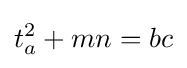
t_{a}^{2}+mn=bc